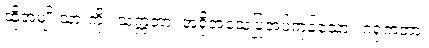
ထိုအမျိုးသားကို။ သက္ကတာ၊ အရိုအသေပြုအပ်ကုန်သော။ ဂရုံကတာ၊